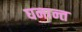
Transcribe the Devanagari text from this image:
घनान्त